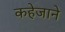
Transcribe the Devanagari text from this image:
कहेजाने